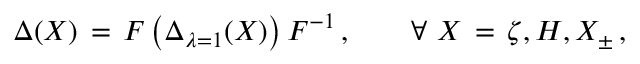
\Delta ( X ) \, = \, F \left( \Delta _ { \lambda = 1 } ( X ) \right) F ^ { - 1 } \, , \qquad \forall \, \, X \, = \, \zeta , H , X _ { \pm } \, ,